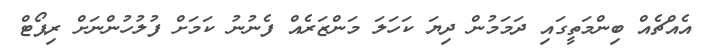
އެއްޗެއް ބިންމަތީގައި ދަމަމުން ދިޔަ ކަހަލަ މަންޒަރެއް ފެނުނު ކަމަށް ފުލުހުންނަށް ރިޕޯޓް